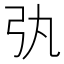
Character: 𢎫